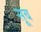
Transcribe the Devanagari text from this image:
सूब